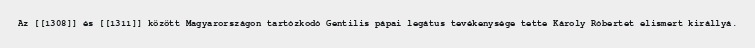
Az [[1308]] és [[1311]] között Magyarországon tartózkodó Gentilis pápai legátus tevékenysége tette Károly Róbertet elismert királlyá.